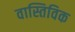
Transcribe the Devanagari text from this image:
वास्तिविक